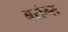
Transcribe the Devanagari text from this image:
बरोन्स